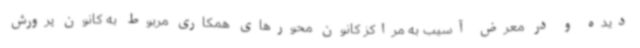
دیده و در معرض آسیب به مراکز کانون محورهای همکاری مربوط به کانون پرورش